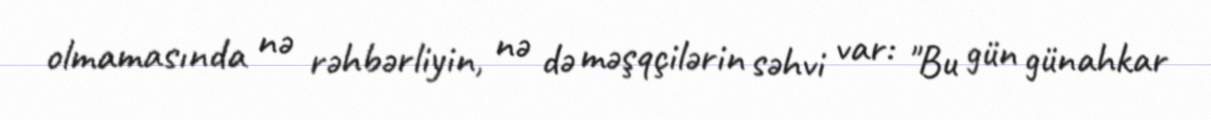
olmamasında nə rəhbərliyin, nə də məşqçilərin səhvi var: "Bu gün günahkar